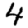
Digit: 4